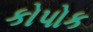
કોપોક